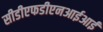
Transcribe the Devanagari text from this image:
सीडीएफडीएनआईआई